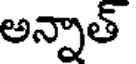
అన్నాత్